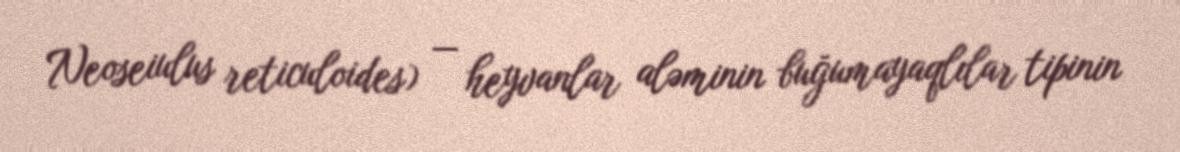
Neoseiulus reticuloides) — heyvanlar aləminin buğumayaqlılar tipinin